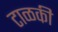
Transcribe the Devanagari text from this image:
टाळकी